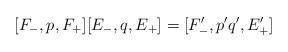
LaTeX: \begin{align*}[F_-,p,F_+][E_-,q,E_+] = [F_-',p'q',E_+']\end{align*}